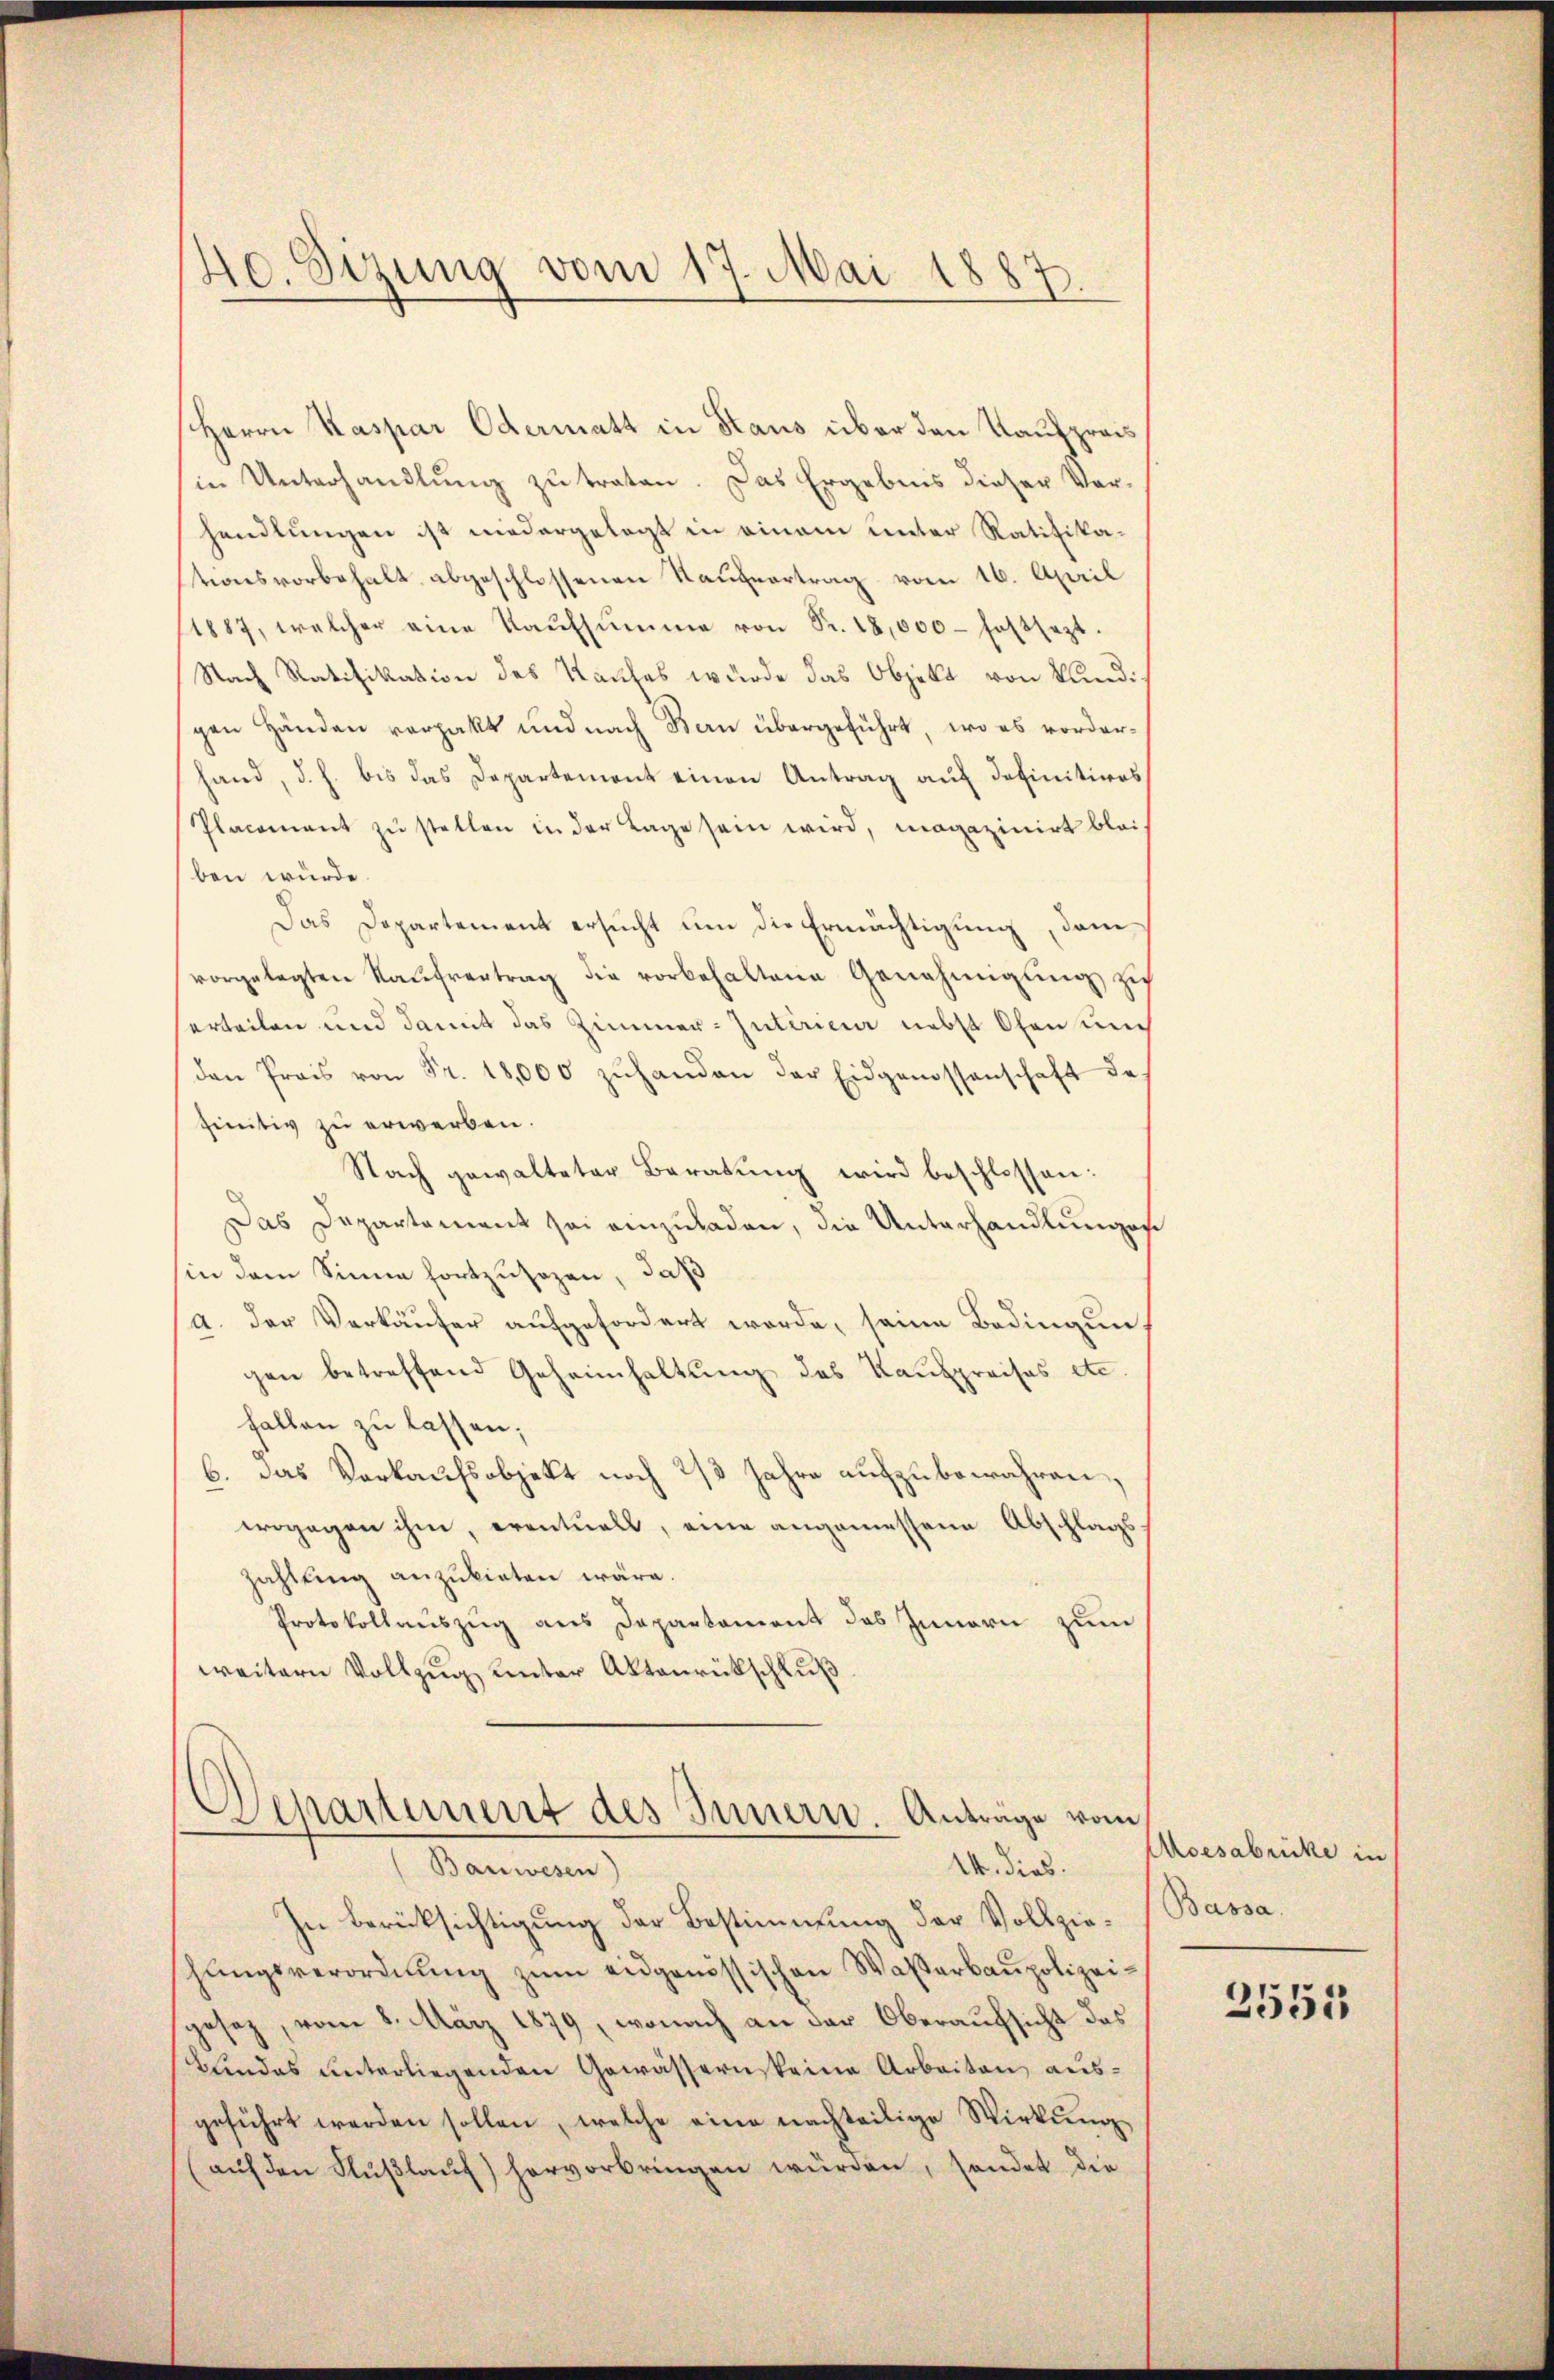
40. Sizung vom 17. Mai 1887.

Herrn Kaspar Odermatt in Haus über den Kaufpreis
in Unterhandlung zu traten. Das Ergebnis dieser Vorhandlungen ist niedergelegt in einem unter Ratifikationsvorbehalt abgeschlossenen Kaufvertrag vom 16. April
1887, welcher eine Kaufsumme von Fr. 18,000 festsezt.
Nach Ratifikation des Kaufes wurde das Objekt von Kundi
gen Händen verpakt und nach Bern übergeführt, wo es vorderhand, d. h. bis das Departement einen Antrag auf definitives
Placement zu stellen in der Lage sein wird, magazinirt bleiben würde.
Das Departement ersucht um die Ermächtigung, dem
vorgelegten Kaufvertrag die vorbehaltene Genehmigung zu
erteilen und damit das Zimmer-Intérieur nebst Ofen und
den Preis von Fr. 18,000 zŭhanden der Eidgenossenschaft de
finitiv zu erwerben.
Nach gewalteter Beratŭng wird beschlossen:
Das Departement sei einzuladen, die Unterhandlungs
in dem Sinne fortzusehen, daß
a. Der Verkäufer aufgefordert worde, seine Bedingun
gen betreffend Geheimhaltung des Kaufpreises etc.
fallen zu lassen;
b. das Verkaufsobjekt noch 2/3 Jahre aufzubewahren,
wogegen ihm, eventuell, eine angemessene Abschlags
zahlung anzubieten wäre.
Protokollauszug aus Departament das Innern zum
weitern Vollzug unter Aktenrückschluß
Departement des Innern. Anträge vom
(Bauwesen)
14. dies
In Berücksichtigung der Bestimmung der Vollziehŭngsverordnŭng zŭm eidgenössischen Waßerbaupolizeigesetz, vom 8. März 1879, wonach an der Oberaufsicht das
Bundes unterliegenden Gewässernsteine Arbeiten, ausgeführt werden sollen, welche eine nachteilige Wirkung
(aŭf den Flŭβlaŭf) hervorbringen würden, sonder die

Aoesabricke in
Bassa.

2551